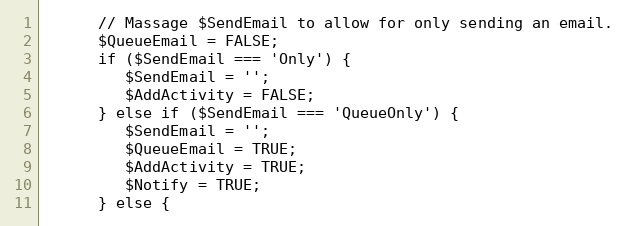
Language: PHP
      // Massage $SendEmail to allow for only sending an email.
      $QueueEmail = FALSE;
      if ($SendEmail === 'Only') {
         $SendEmail = '';
         $AddActivity = FALSE;
      } else if ($SendEmail === 'QueueOnly') {
         $SendEmail = '';
         $QueueEmail = TRUE;
         $AddActivity = TRUE;
         $Notify = TRUE;
      } else {